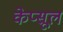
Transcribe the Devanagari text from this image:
केप्सूल